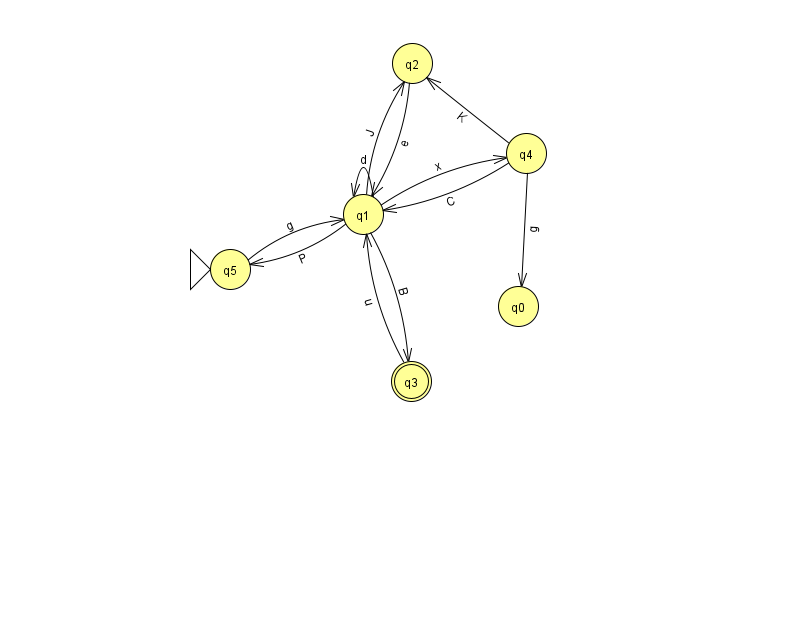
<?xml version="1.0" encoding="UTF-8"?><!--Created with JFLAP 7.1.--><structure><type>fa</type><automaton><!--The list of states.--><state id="0" name="q0"><x>518.0</x><y>293.0</y></state><state id="1" name="q1"><x>363.0</x><y>201.0</y></state><state id="2" name="q2"><x>412.0</x><y>50.0</y></state><state id="3" name="q3"><x>411.0</x><y>368.0</y><final/></state><state id="4" name="q4"><x>526.0</x><y>140.0</y></state><state id="5" name="q5"><x>230.0</x><y>256.0</y><initial/></state><!--The list of transitions.--><transition><from>3</from><to>1</to><read>u</read></transition><transition><from>4</from><to>1</to><read>C</read></transition><transition><from>1</from><to>1</to><read>d</read></transition><transition><from>1</from><to>3</to><read>B</read></transition><transition><from>1</from><to>2</to><read>J</read></transition><transition><from>4</from><to>2</to><read>K</read></transition><transition><from>1</from><to>4</to><read>x</read></transition><transition><from>2</from><to>1</to><read>e</read></transition><transition><from>1</from><to>5</to><read>P</read></transition><transition><from>4</from><to>0</to><read>g</read></transition><transition><from>5</from><to>1</to><read>g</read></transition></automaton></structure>